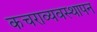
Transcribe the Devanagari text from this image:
कचराव्यवस्थापन